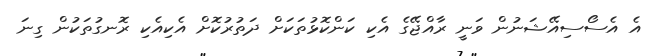
އެ އެސޯސިއޭޝަނުން ވަނީ ރާއްޖޭގެ އެކި ކަންކޮޅުތަކަށް ދަތުރުކޮށް އެކިއެކި ރޮނގުތަކުން ގިނަ